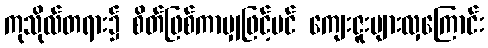
ကုသိုလ်တရား၌ စိတ်ဖြစ်ကာမျှဖြင့်ပင် ကျေးဇူးများလှကြောင်း